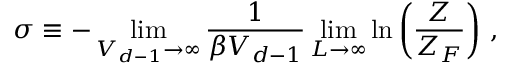
\sigma \equiv - \operatorname * { l i m } _ { V _ { d - 1 } \to \infty } \frac { 1 } { \beta V _ { d - 1 } } \operatorname * { l i m } _ { L \to \infty } \ln \left( \frac { Z } { Z _ { F } } \right) \, ,